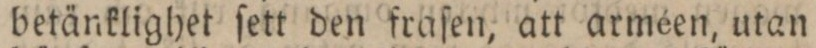
betänklighet ſett den fraſen, att arméen, utan